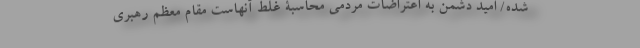
شده/ امید دشمن به اعتراضات مردمی محاسبۀ غلط آنهاست مقام معظم رهبری